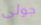
جولى